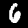
Label: 6